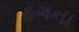
ઠગના